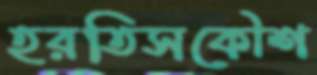
হরতিসকৌশ